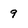
Character: 9